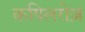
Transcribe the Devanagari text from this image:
कपिलरोज़